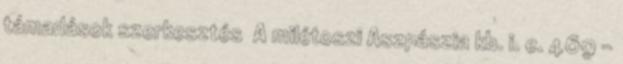
támadások szerkesztés A milétoszi Aszpászia kb. i. e. 469 –